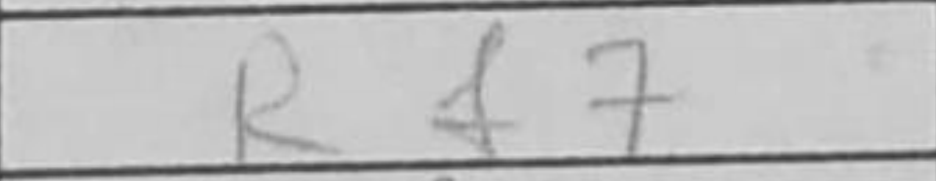
Transcription: Rf7